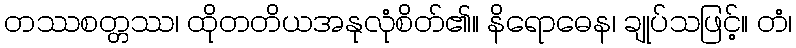
တဿစတ္တဿ၊ ထိုတတိယအနုလုံစိတ်၏။ နိရောဓေန၊ ချုပ်သဖြင့်။ တံ၊